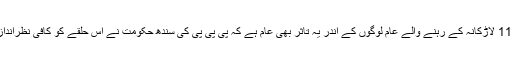
پی ایس- 11 لاڑکانہ کے رہنے والے عام لوگوں کے اندر یہ تاثر بھی عام ہے کہ پی پی پی کی سندھ حکومت نے اس حلقے کو کافی نظرانداز کیا ہے۔